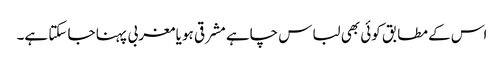
اس کے مطابق کوئی بھی لباس چاہے مشرقی ہو یا مغربی پہنا جا سکتا ہے۔